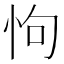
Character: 怐